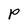
Character: P